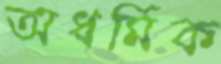
অধর্মিক